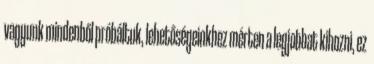
vagyunk mindenből próbáltuk, lehetőségeinkhez mérten a legjobbat kihozni, ez